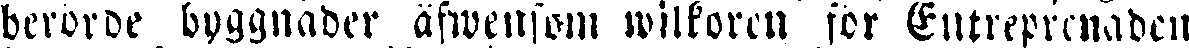
berorde byggnader äfwensom wilkoren för Entreprenaden